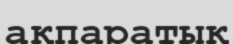
ақпаратық